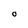
Character: O